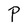
Character: P